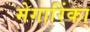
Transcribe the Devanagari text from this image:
मेगारिंका